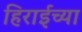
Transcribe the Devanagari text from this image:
हिराईच्या